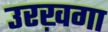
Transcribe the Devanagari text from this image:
उरख़गा